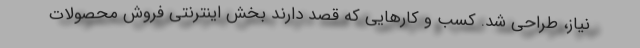
نیاز، طراحی شد. کسب و کارهایی که قصد دارند بخش اینترنتی فروش محصولات